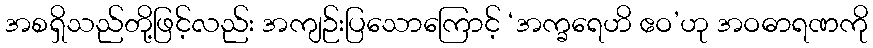
အစရှိသည်တို့ဖြင့်လည်း အကျဉ်းပြသောကြောင့် ‘အက္ခရေဟိ ဧဝ’ဟု အဝဓာရဏကို